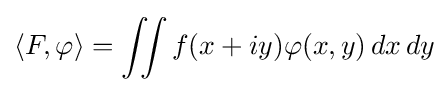
\langle F,\varphi \rangle =\iint f(x+iy)\varphi (x,y)\,dx\,dy